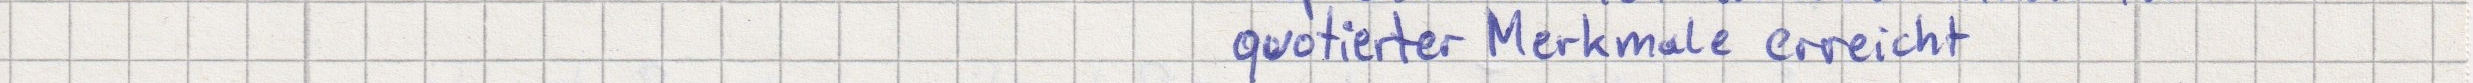
quotierter Merkmale erreicht